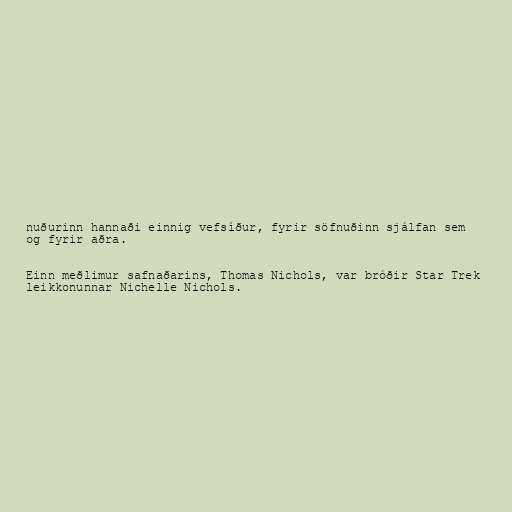
nuðurinn hannaði einnig vefsíður, fyrir söfnuðinn sjálfan sem
og fyrir aðra.

Einn meðlimur safnaðarins, Thomas Nichols, var bróðir Star Trek
leikkonunnar Nichelle Nichols.